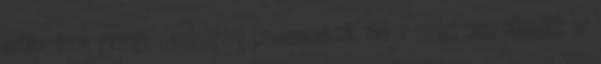
erőforrások gyenge minőségére panaszkodunk, akkor miért nem növeljük az